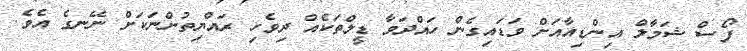
ފޯސް ޝަމާލް އިންޑިއާއަށް ވަޑައިގެން ހައްދަވާ ޑީލްތަކެއް ދިވެހި ރައްޔިތުންނަކަށް ނޭނގެ އެވެ.